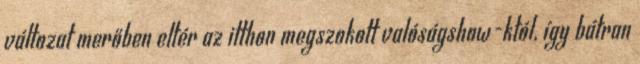
változat merőben eltér az itthon megszokott valóságshow-któl, így bátran